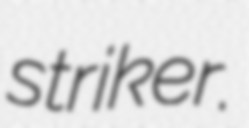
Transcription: striker.